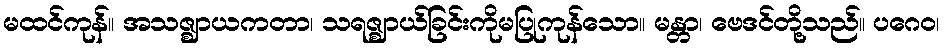
မထင်ကုန်။ အသဇ္ဈာယကတာ၊ သရဇ္ဈာယ်ခြင်းကိုမပြုကုန်သော။ မန္တာ၊ ဗေဒင်တို့သည်။ ပဂေဝ၊